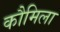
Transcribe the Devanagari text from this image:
कौमिला